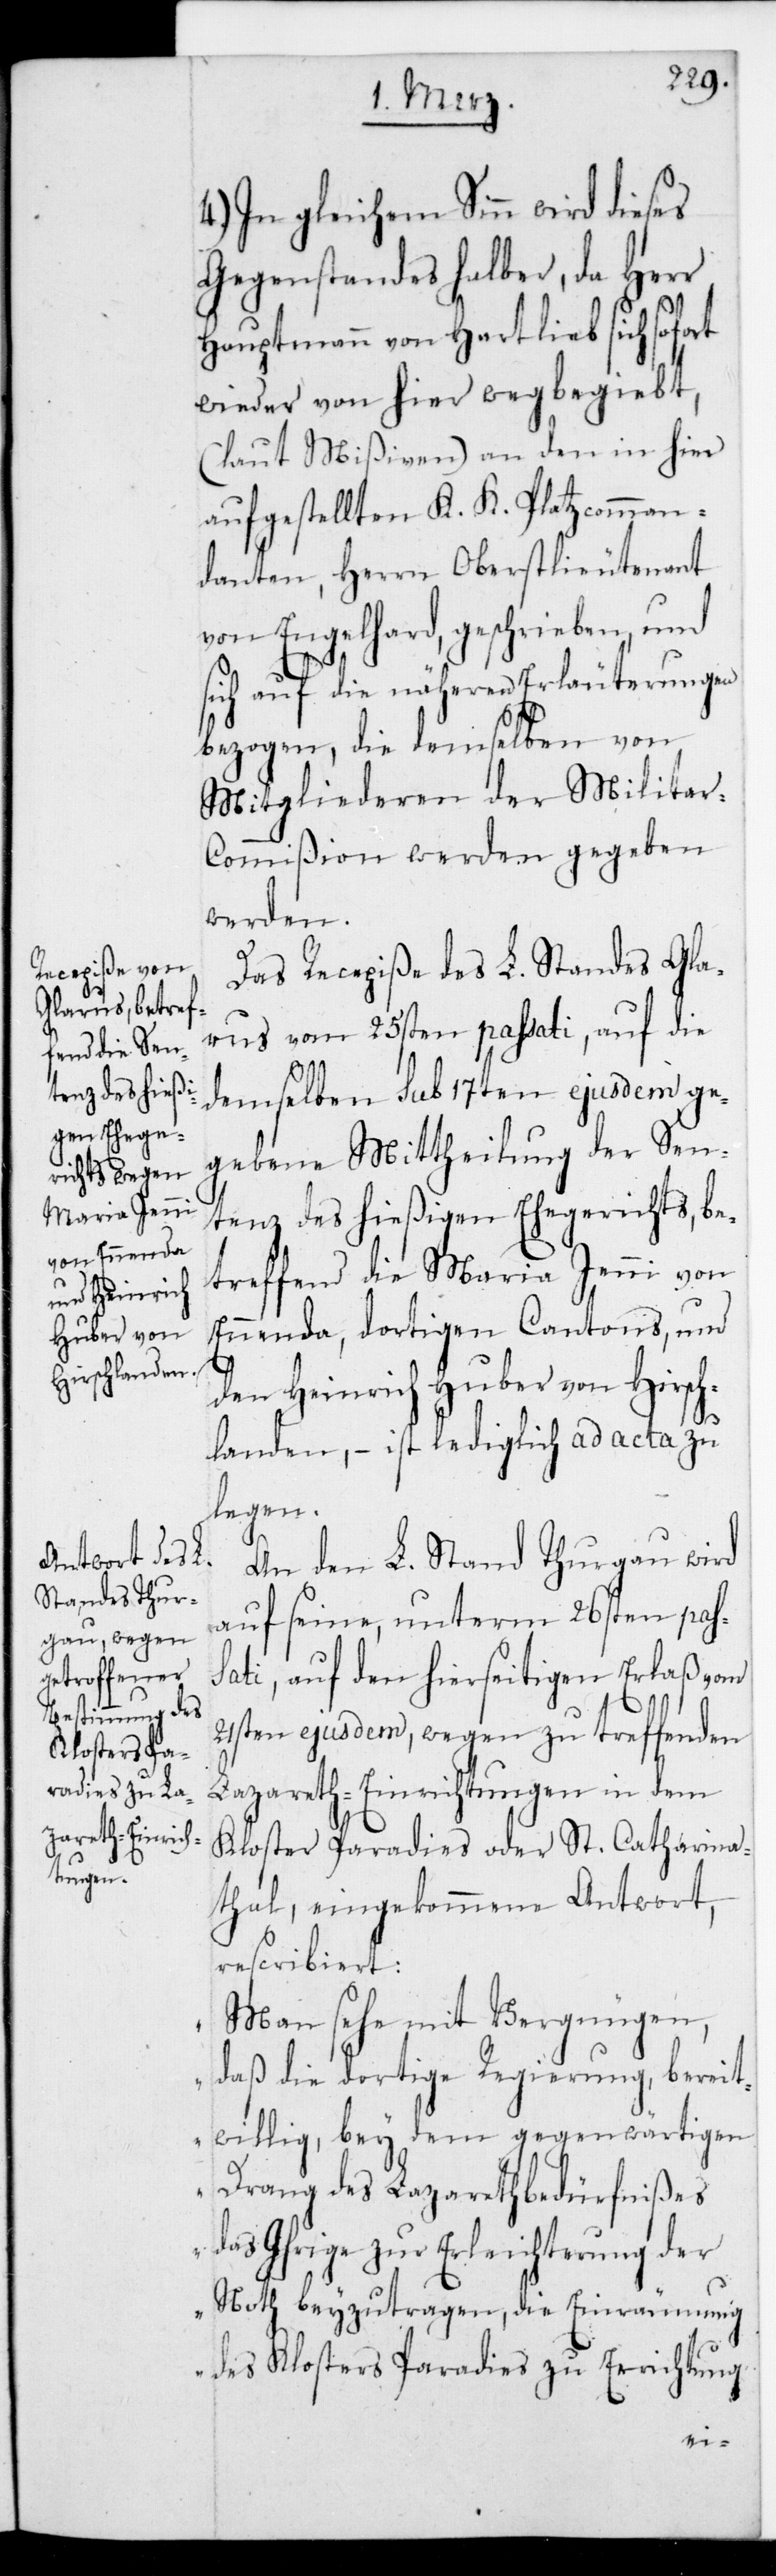
4.) In gleichem Sinn wird dieses
Gegenstandes halber, da Herr
Hauptmann von Hartlieb sich sofort
wieder von hier weg begibt,
(laut Mißiven) an den in hier
aufgestellten K. K. Platzcomman¬
danten, Herrn Oberstlieutenant
von Engelhard geschrieben, und
sich auf die näheren Erläuterungen
bezogen, die demselben von
Mitgliederen der Milita¬
r-Commißion werden gegeben
werden.
Das Recepiße des L. Standes Gl¬
arus vom 25sten passati, auf die
demselben sub 17ten ejusdem ge¬
gebene Mittheilung der Sen¬
tenz des hießigen Ehegerichts, be¬
treffend die Maria Jenni von
Ennenda, dortigen Cantons, und
den Heinrich Huber von Hirsch¬
landen, – ist lediglich ad acta zu
legen.
An den L. Stand Thurgau wird
auf seine, unterm 26sten pas¬
sati, auf den hierseitigen Erlaß vom
21sten ejusdem, wegen zu treffenden
Lazareth-Einrichtungen in dem
Kloster Paradies oder St. Catharina¬
thal, eingekommene Antwort,
rescribiert:
„Man sehe mit Vergnügen,
daß die dortige Regierung bereit¬
willig bey dem gegenwärtigen
Drang des Lazarethbedürfnißes
das Ihrige zur Erleichterung der
Not beyzutragen, die Einräumung
des Klosters Paradies zu Errichtung